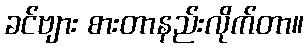
ခင်ဗျား စားတာနည်းလိုက်တာ။